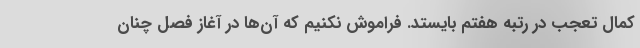
کمال تعجب در رتبه هفتم بایستد. فراموش نکنیم که آن‌ها در آغاز فصل چنان